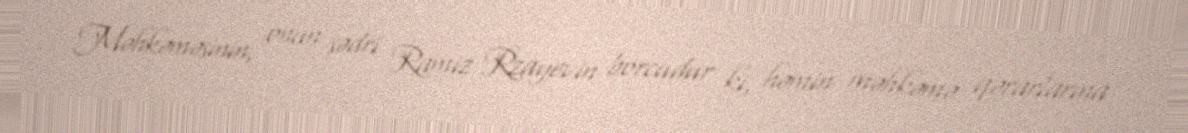
Məhkəməsinin, onun sədri Ramiz Rzayevin borcudur ki, həmin məhkəmə qərarlarına